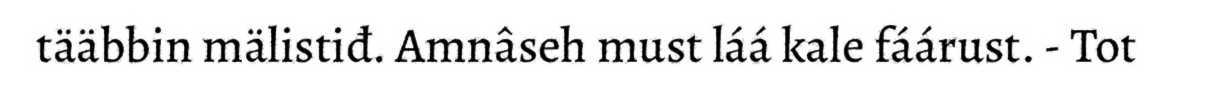
tääbbin mälistiđ. Amnâseh must láá kale fáárust. - Tot